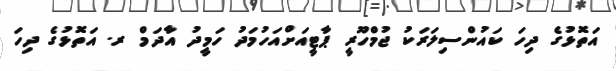
އަތޮޅުގެ ދިހަ ކައުންސިލަރަކު ޖުމްހޫރީ ޕާޓީއަށްއަހުމަދު ހަމީދު އާދަމް ރ. އަތޮޅުގެ ދިހަ